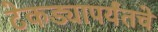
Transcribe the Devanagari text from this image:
टेकड्यापर्यंतचे